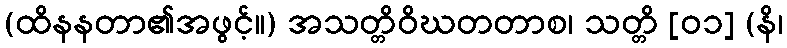
(ထိနနတာ၏အဖွင့်။) အသတ္တိဝိဃတတာစ၊ သတ္တိ [၀၁] (နိ၊